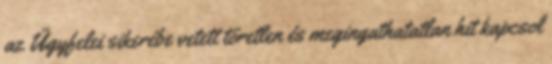
az Ügyfelei sikerébe vetett töretlen és megingathatatlan hit kapcsol